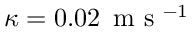
\kappa = 0 . 0 2 \, \mathrm { ~ m ~ s ~ } ^ { - 1 }